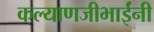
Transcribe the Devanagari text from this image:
कल्याणजीभाईंनी